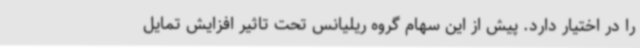
را در اختیار دارد. پیش از این سهام گروه ریلیانس تحت تاثیر افزایش تمایل